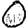
Digit: 0